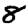
Digit: 8